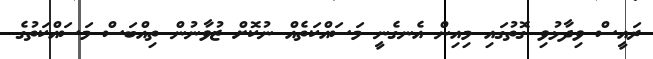
ރައީސް ވިދާޅުވި ގޮތުގައި މިއިން އެނގެނީ މަސައްކަތެއް ނުކޮށް ޒުވާނުން ތިއްބަސް މަސައްކަތުގެ